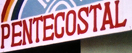
PENTECOSTAL